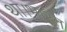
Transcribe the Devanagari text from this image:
था।भारत